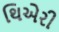
થિએરી